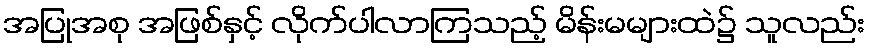
အပြုအစု အဖြစ်နှင့် လိုက်ပါလာကြသည့် မိန်းမများထဲ၌ သူလည်း